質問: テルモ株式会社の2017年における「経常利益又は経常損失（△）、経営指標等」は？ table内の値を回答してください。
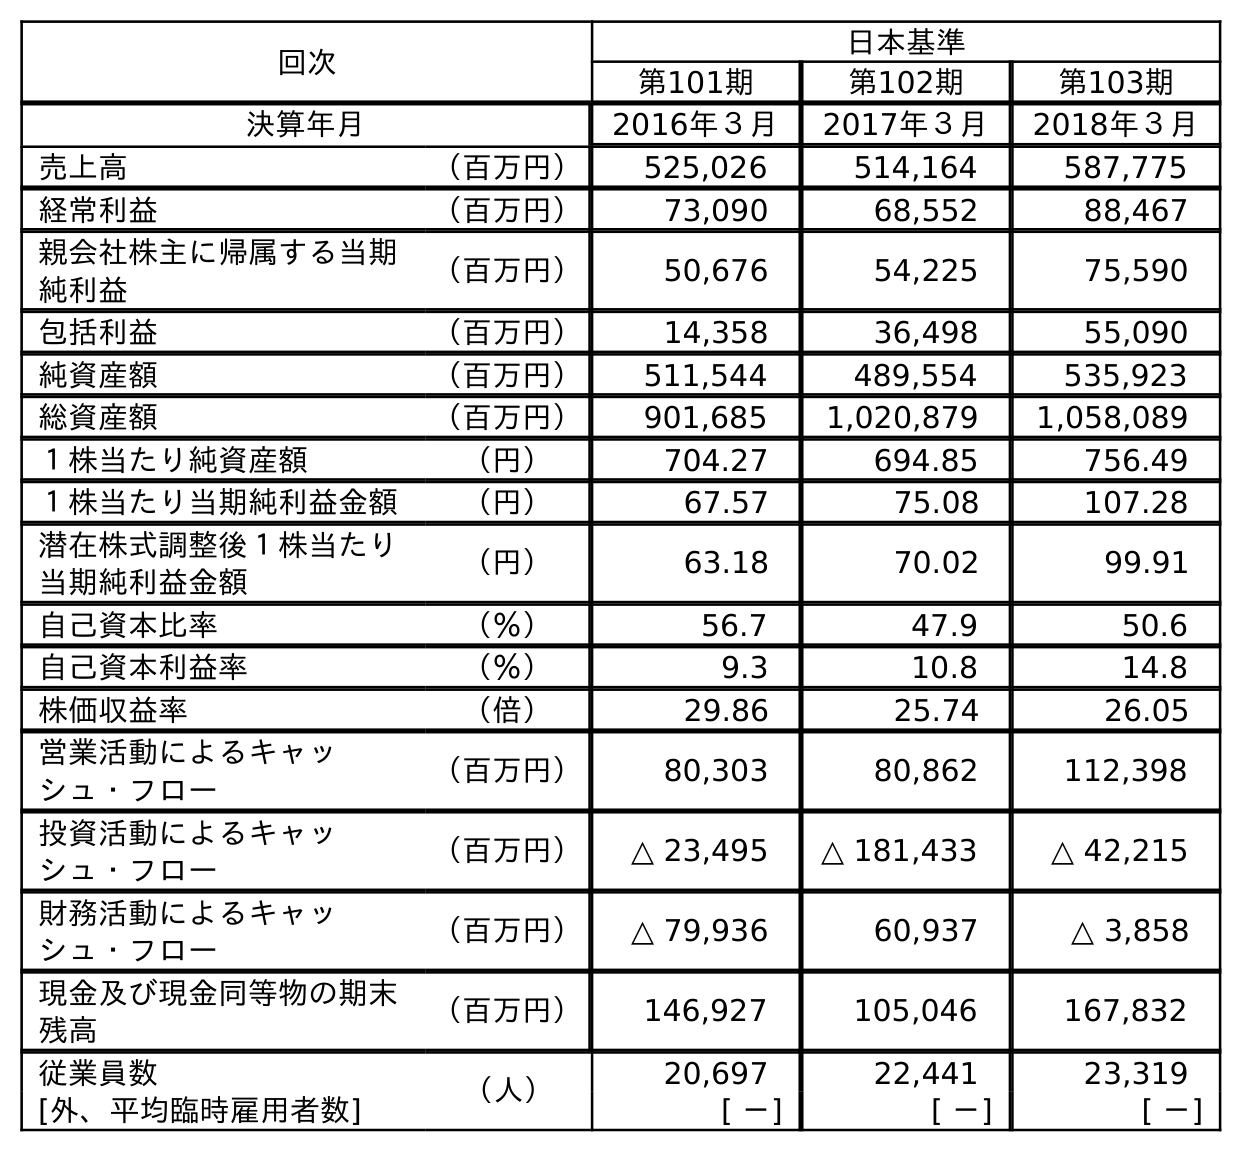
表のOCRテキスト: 回次 日本基準 第101期 第102期 第103期 決算年月 2016年３月 2017年３月 2018年３月 売上高 （百万円） 525,026 514,164 587,775 経常利益 （百万円） 73,090 68,552 88,467 親会社株主に帰属する当期 純利益 （百万円） 50,676 54,225 75,590 包括利益 （百万円） 14,358 36,498 55,090 純資産額 （百万円） 511,544 489,554 535,923 総資産額 （百万円） 901,685 1,020,879 1,058,089 １株当たり純資産額 （円） 704.27 694.85 756.49 １株当たり当期純利益金額 （円） 67.57 75.08 107.28 潜在株式調整後１株当たり 当期純利益金額 （円） 63.18 70.02 99.91 自己資本比率 （％） 56.7 47.9 50.6 自己資本利益率 （％） 9.3 10.8 14.8 株価収益率 （倍） 29.86 25.74 26.05 営業活動によるキャッ シュ・フロー （百万円） 80,303 80,862 112,398 投資活動によるキャッ シュ・フロー （百万円） △ 23,495 △ 181,433 △ 42,215 財務活動によるキャッ シュ・フロー （百万円） △ 79,936 60,937 △ 3,858 現金及び現金同等物の期末 残高 （百万円） 146,927 105,046 167,832 従業員数 （人） 20,697 22,441 23,319 [外、平均臨時雇用者数] [ －] [ －] [ －]
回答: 68,552